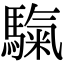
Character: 𩥀